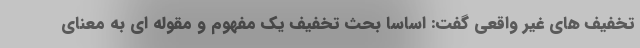
تخفیف های غیر واقعی گفت: اساساً بحث تخفیف یک مفهوم و مقوله ای به معنای